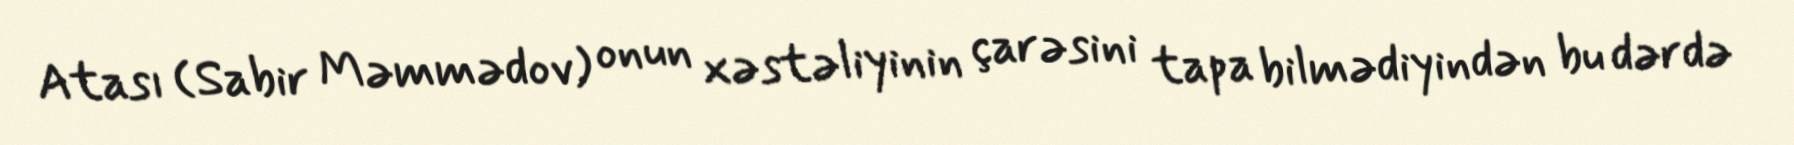
Atası (Sabir Məmmədov) onun xəstəliyinin çarəsini tapa bilmədiyindən bu dərdə